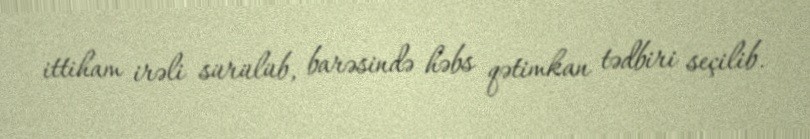
ittiham irəli sürülüb, barəsində həbs qətimkan tədbiri seçilib.